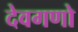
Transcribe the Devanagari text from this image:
देवगणो